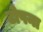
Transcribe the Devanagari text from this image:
टोपना